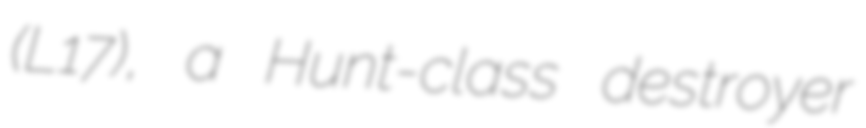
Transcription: (L17), a Hunt-class destroyer